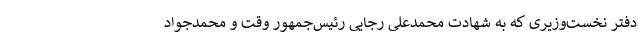
دفتر نخست‌وزیری که به شهادت محمدعلی رجایی رئیس‌جمهور وقت و محمدجواد